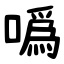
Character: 噅